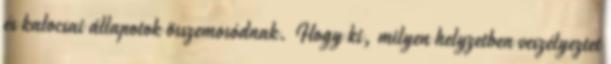
és kalocsai állapotok összemosódnak. Hogy ki, milyen helyzetben veszélyeztet